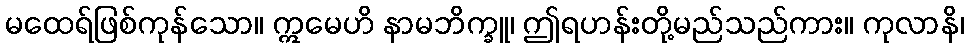
မထေရ်ဖြစ်ကုန်သော။ ဣမေဟိ နာမဘိက္ခူ၊ ဤရဟန်းတို့မည်သည်ကား။ ကုလာနိ၊